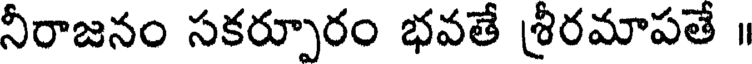
నీరాజనం సకర్పూరం భవతే శ్రీరమాపతే